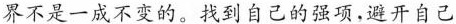
界不是一成不变的。找到自己的强项，避开自己